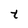
Character: t